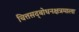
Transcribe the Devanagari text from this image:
चित्तसद्‍बोधनक्षत्रमाला